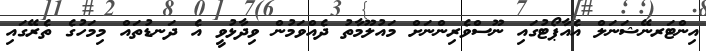
އިންޓަރނޭޝަނަލް އެއާޕޯޓުގައި ނޫސްވެރިންނަށް މައުލޫމާތު ދެއްވަމުން ވިދާޅުވީ އެ ދަނޑުތައް މިމަހުގެ ތެރޭގައި